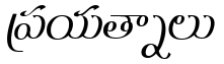
ప్రయత్నాలు